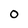
Character: 0